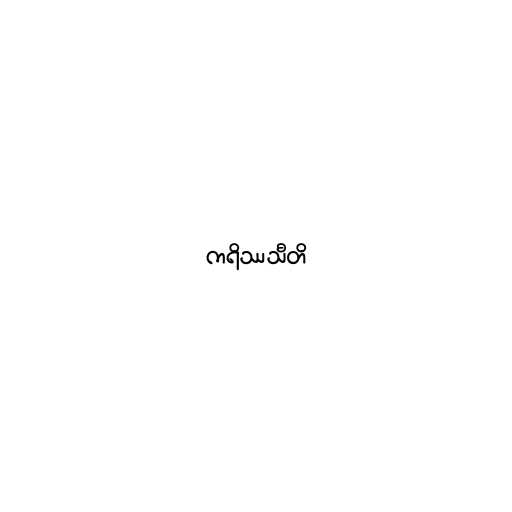
ကရိဿသီတိ